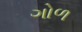
ગોળ